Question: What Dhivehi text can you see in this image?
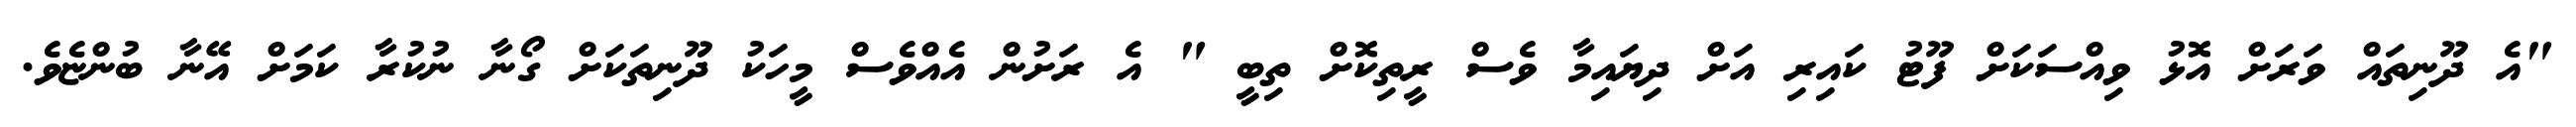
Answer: "އެ ދޫނިތައް ވަރަށް އޮޅު ވިއްސަކަށް ފޫޓު ކައިރި އަށް ދިޔައިމާ ވެސް ރީތިކޮށް ތިބީ " އެ ރަށުން އެއްވެސް މީހަކު ދޫނިތަކަށް ގޯނާ ނުކުރާ ކަމަށް އޭނާ ބުންޏެވެ.